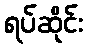
ရပ်ဆိုင်း